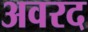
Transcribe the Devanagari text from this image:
अवरद